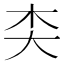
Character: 𪥄